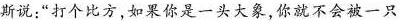
斯说；”打个比方，如果你是一头大象，你就不会被一